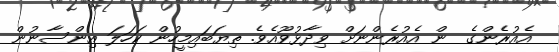
އެއުރެންގެ  ން އެއުރެންނަށް ވިދާޅުވޫއެވެ. ތިޔަބައިމީހުން ކަހަލަ އިންސާނުން